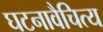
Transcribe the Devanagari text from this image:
घटनावैचित्य